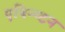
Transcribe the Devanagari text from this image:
एबिन्ग्टन